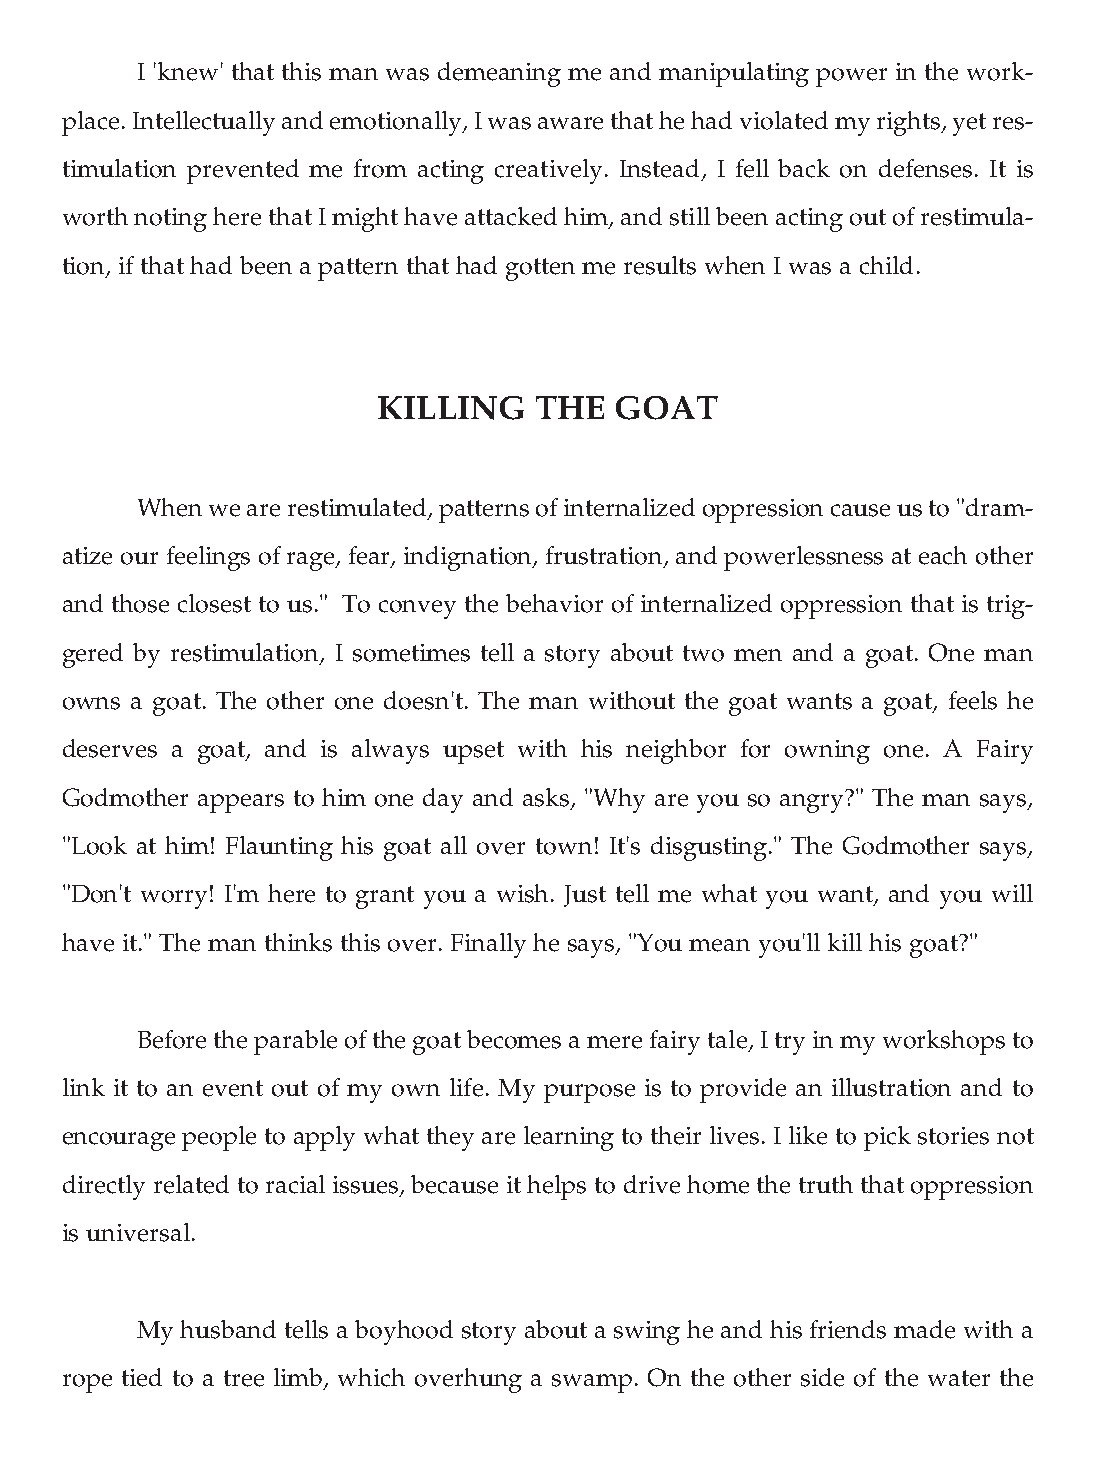
I 'knew' that this man was demeaning me and manipulating power in the work-
 place. Intellectually and emotionally, I was aware that he had violated my rights, yet res-
 timulation prevented me from acting creatively. Instead, I fell back on defenses. It is
 worth noting here that I might have attacked him, and still been acting out of restimula-
 tion, if that had been a pattern that had gotten me results when I was a child.
 KILLING   THE   GOAT
 When we are restimulated, patterns of internalized oppression cause us to "dram-
 atize our feelings of rage, fear, indignation, frustration, and powerlessness at each other
 and those closest to us." To convey the behavior of internalized oppression that is trig-
 gered by restimulation, I sometimes tell a story about two men and a goat. One man
 owns a goat. The other one doesn't. The man without the goat wants a goat, feels he
 deserves a goat, and is always upset with his neighbor for owning one. A Fairy
 Godmother appears to him one day and asks, "Why are you so angry?" The man says,
 "Look at him! Flaunting his goat all over town! It's disgusting." The Godmother says,
 "Don't worry! I'm here to grant you a wish. Just tell me what you want, and you will
 have it." The man thinks this over. Finally he says, "You mean you'll kill his goat?"
 Before the parable of the goat becomes a mere fairy tale, I try in my workshops to
 link it to an event out of my own life. My purpose is to provide an illustration and to
 encourage people to apply what they are learning to their lives. I like to pick stories not
 directly related to racial issues, because it helps to drive home the truth that oppression
 is universal.
 My husband tells a boyhood story about a swing he and his friends made with a
 rope tied to a tree limb, which overhung a swamp. On the other side of the water the